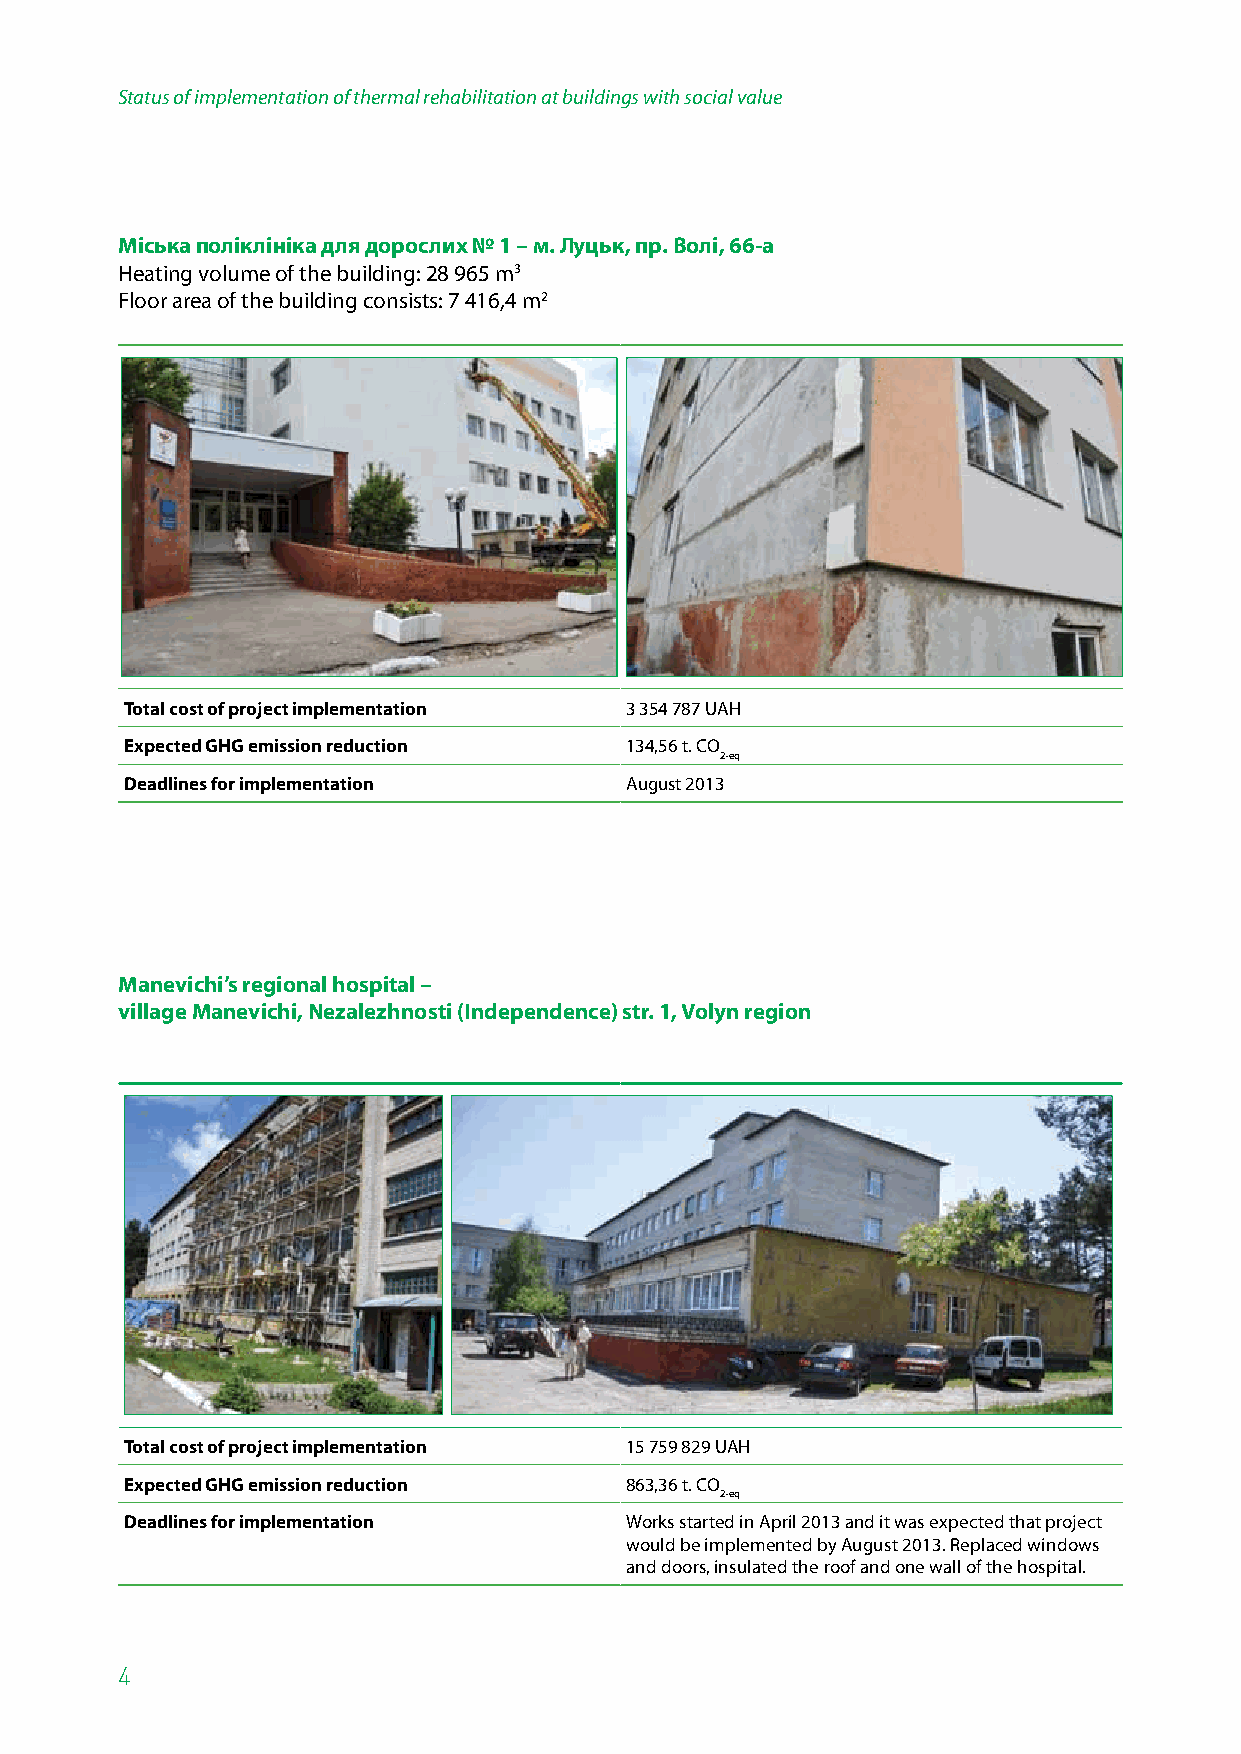
Status of implementation of thermal rehabilitation at buildings with social value
 Міська поліклініка для дорослих № 1 – м. Луцьк, пр. Волі, 66-а
 Heating volume of the building: 28 965 m3
 Floor area of the building consists: 7 416,4 m2
 Total cost of project implementation 3 354 787 UAH
 Expected GHG emission reduction  134,56 t. СО
 2-eq
 Deadlines for implementation     August 2013
 Manevichi’s regional hospital –
 village Manevichi, Nezalezhnosti (Independence) str. 1, Volyn region
 Total cost of project implementation 15 759 829 UAH
 Expected GHG emission reduction  863,36 t. СО
 2-eq
 Deadlines for implementation     Works started in April 2013 and it was expected that project
 would be implemented by August 2013. Replaced windows
 and doors, insulated the roof and one wall of the hospital.
 4